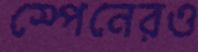
স্পেনেরও